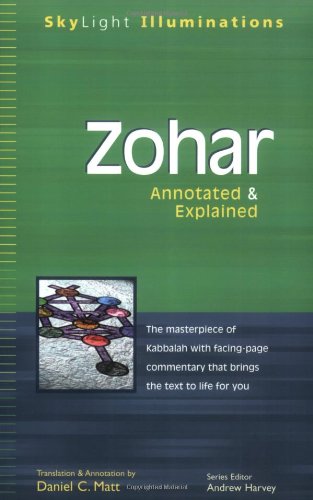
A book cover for Zohar: Annotated & Explained (SkyLight Illuminations); Religion & Spirituality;